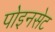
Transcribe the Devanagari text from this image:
पोइनसेट